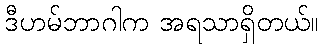
ဒီဟမ်ဘာဂါက အရသာရှိတယ်။